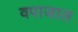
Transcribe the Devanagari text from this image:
वपाजाल